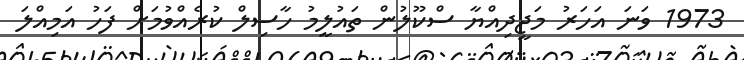
1973 ވަނަ އަހަރު މަޖީދިއްޔާ ސްކޫލުން ތައުލީމު ހާސިލް ކުރެއްވުމަށް ފަހު އަމިއްލަ